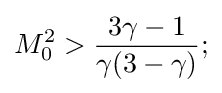
M_{0}^{2}>{\frac {3\gamma -1}{\gamma (3-\gamma )}};